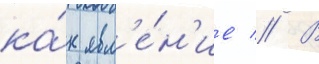
ка́к явл'е́н'ие // В